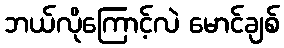
ဘယ်လိုကြောင့်လဲ မောင်ချစ်